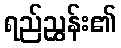
ရည်ညွှန်း၏